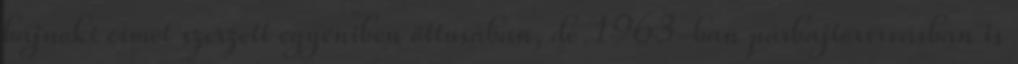
bajnoki címet szerzett egyéniben öttusában, de 1963-ban párbajtőrvívásban is